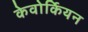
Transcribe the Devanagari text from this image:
केवोर्कियन